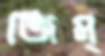
জিম্